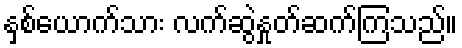
နှစ်ယောက်သား လက်ဆွဲနှုတ်ဆက်ကြသည်။